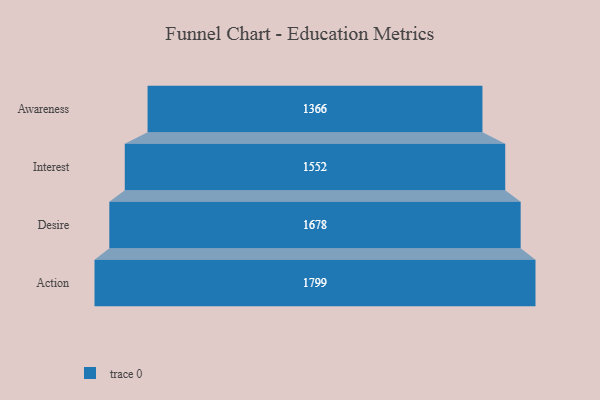
{"axis": {"x": "Stage", "y": "Value"}, "legend": [""], "data": [{"x": "Awareness", "y": 1366.0, "type": ""}, {"x": "Interest", "y": 1552.0, "type": ""}, {"x": "Desire", "y": 1678.0, "type": ""}, {"x": "Action", "y": 1799.0, "type": ""}]}